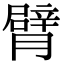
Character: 臂